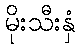
မိုးသီးနှံ